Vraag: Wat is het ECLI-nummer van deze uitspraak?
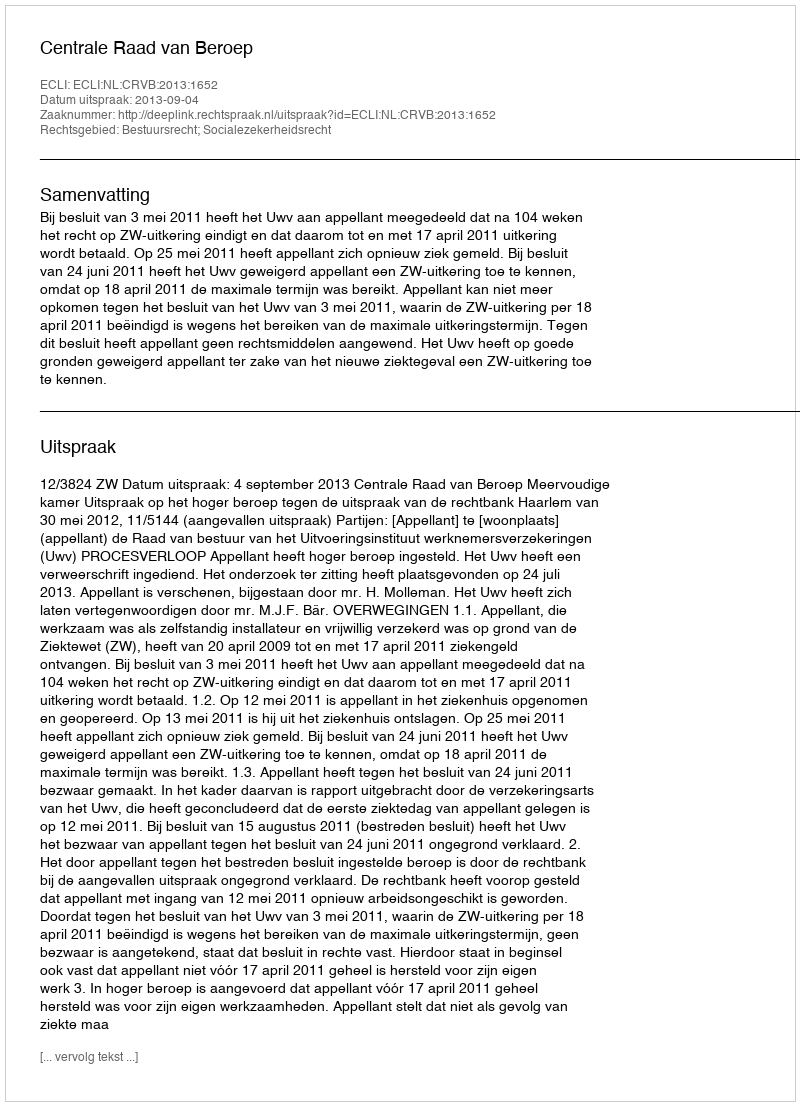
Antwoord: ECLI:NL:CRVB:2013:1652